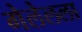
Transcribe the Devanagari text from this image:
गेलेलला